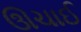
ઊચાઈ